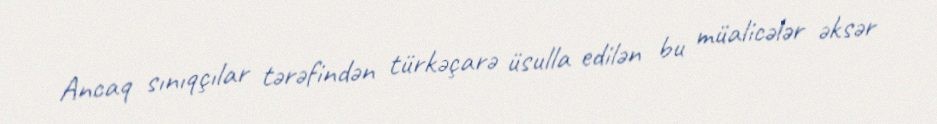
Ancaq sınıqçılar tərəfindən türkəçarə üsulla edilən bu müalicələr əksər